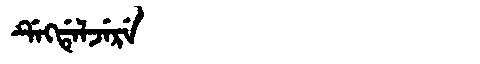
Manchu: ᡩᡝᡴᡩᡝᠯᠵᡝᡵᡝ
Romanization: DEKDELJERE